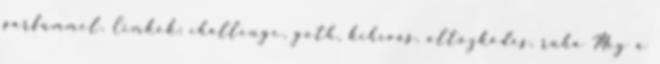
parfümmel. Címkék: challenge, goth, kihívás, öltözködés, ruha Még a